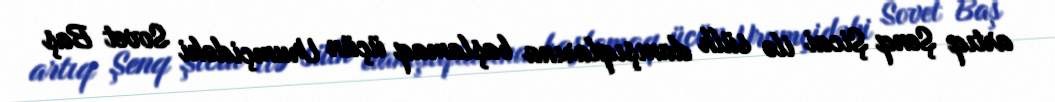
artıq Şenq Şicai ilə sülh danışıqlarına başlamaq üçün Urumçidəki Sovet Baş